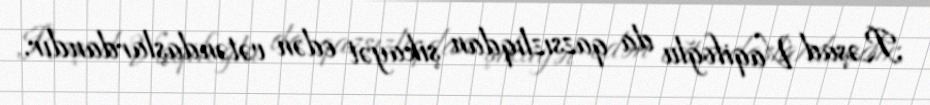
Rəşad Vaqifoğlu da qazsızlıqdan şikayət edən vətəndaşlardandır.